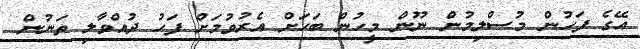
އޭގެ ފަހުން މުސްލިމުން ނޫން މީހުން ބަހަށް އެރުވުމަށް ފަހު ދުއްވާލި ތަނުން